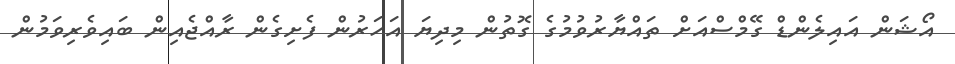
އޯޝަން އައިލެންޑް ގޭމްސްއަށް ތައްޔާރުވުމުގެ ގޮތުން މިދިޔަ އަހަރުން ފެށިގެން ރާއްޖެއިން ބައިވެރިވަމުން